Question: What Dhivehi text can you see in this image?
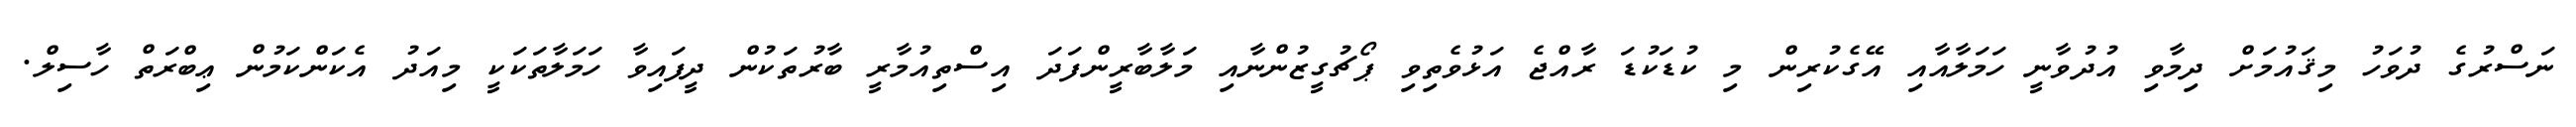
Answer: ނަސްރުގެ ދުވަހު މިޤައުމަށް ދިމާވި އުދުވާނީ ހަމަލާއާއި އޭގެކުރިން މި ކުޑަކުޑަ ރާއްޖެ އަޅުވެތިވި ޕޯޗުގީޒުންނާއި މަލާބާރީންފަދަ އިސްތިއުމާރީ ބާރުތަކުން ދީފައިވާ ހަމަލާތަކަކީ މިއަދު އެކަންކަމުން ޢިބްރަތް ހާސިލް.